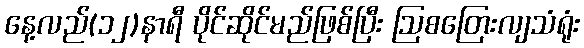
နေ့လည်(၁၂)နာရီ ပိုင်ဆိုင်မည်ဖြစ်ပြီး ဩစတြေးလျသံရုံး